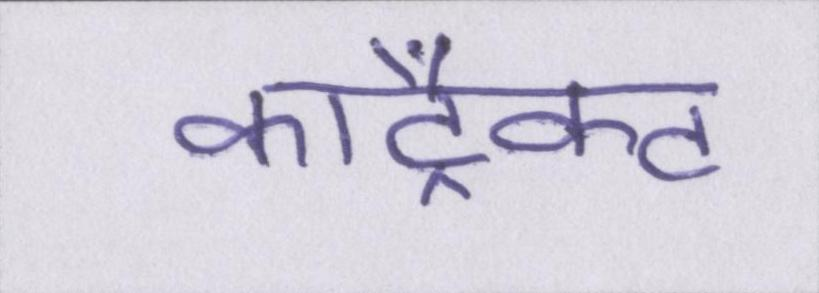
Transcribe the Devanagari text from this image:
कांट्रैक्ट